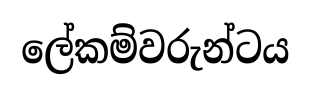
ලේකම්වරුන්ටය